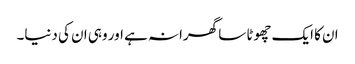
ان کا ایک چھوٹا سا گھرانہ ہے اور وہی ان کی دنیا۔